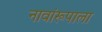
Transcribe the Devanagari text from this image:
नावांरूपाला